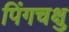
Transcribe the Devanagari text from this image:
पिंगचक्षु